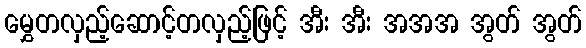
မွှေတလှည့်ဆောင့်တလှည့်ဖြင့် အီး အီး အအအ အွတ် အွတ်